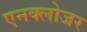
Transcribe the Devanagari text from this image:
एनक्लोजर